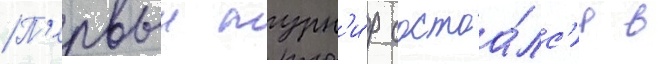
П'ервыи турн'и́р состоа́лс'я в